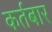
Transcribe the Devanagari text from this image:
कर्तबार